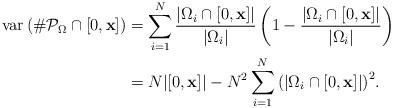
LaTeX: \begin{align*} \mbox{var} \left( \#\mathcal{P}_{\Omega} \cap [0, \textbf{x}] \right) &= \sum_{i=1}^{N}{ \frac{|\Omega_i \cap [0,\textbf{x}]|}{|\Omega_i|} \left(1 - \frac{|\Omega_i \cap [0,\textbf{x}]|}{|\Omega_i|} \right) }\\ &= N |[0,\textbf{x}]| - N^2\sum_{i=1}^{N}{ \left( |\Omega_i \cap [0,\textbf{x}]| \right)^2 }. \end{align*}